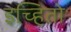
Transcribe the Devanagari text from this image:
इच्हितो